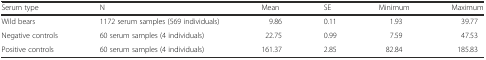
<table><thead><tr><td><b>Serum type</b></td><td><b>N</b></td><td><b>Mean</b></td><td><b>SE</b></td><td><b>Minimum</b></td><td><b>Maximum</b></td></tr></thead><tbody><tr><td>Wild bears</td><td>1172 serum samples (569 individuals)</td><td>9.86</td><td>0.11</td><td>1.93</td><td>39.77</td></tr><tr><td>Negative controls</td><td>60 serum samples (4 individuals)</td><td>22.75</td><td>0.99</td><td>7.59</td><td>47.53</td></tr><tr><td>Positive controls</td><td>60 serum samples (4 individuals)</td><td>161.37</td><td>2.85</td><td>82.84</td><td>185.83</td></tr></tbody></table>